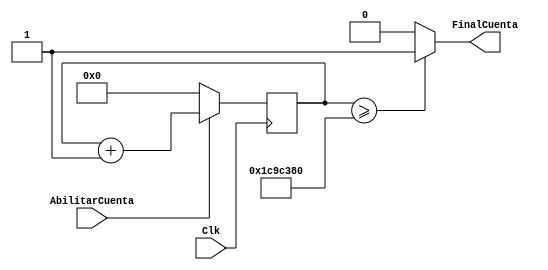
`timescale 1ns / 1ps
//////////////////////////////////////////////////////////////////////////////////
// Company: 
// Engineer: 
// 
// Design Name: 
// Module Name:    Temporizador 
// Project Name: 
// Target Devices: 
// Tool versions: 
// Description: 
//
// Dependencies: 
//
// Revision: 
// Revision 0.01 - File Created
// Additional Comments: 
//
//////////////////////////////////////////////////////////////////////////////////
module Temporizador(
    input Clk,
    input AbilitarCuenta,
    output reg FinalCuenta
    );
	 
reg [31:0] cont;

always@(posedge Clk)
begin
   if(AbilitarCuenta == 1)
      cont = cont + 1;
	else
	   cont = 0;/////recordar poner en cero
end
always@(cont)
begin
   if(cont >= 30000000)
      FinalCuenta<=1;
	else
	   FinalCuenta<=0;
end
endmodule